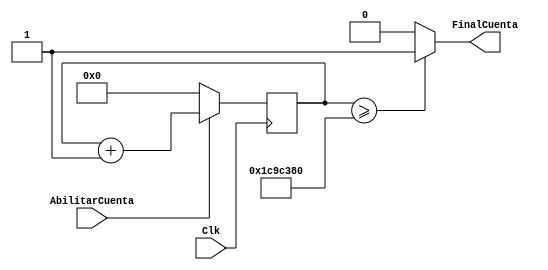
`timescale 1ns / 1ps
//////////////////////////////////////////////////////////////////////////////////
// Company: 
// Engineer: 
// 
// Design Name: 
// Module Name:    Temporizador 
// Project Name: 
// Target Devices: 
// Tool versions: 
// Description: 
//
// Dependencies: 
//
// Revision: 
// Revision 0.01 - File Created
// Additional Comments: 
//
//////////////////////////////////////////////////////////////////////////////////
module Temporizador(
    input Clk,
    input AbilitarCuenta,
    output reg FinalCuenta
    );
	 
reg [31:0] cont;

always@(posedge Clk)
begin
   if(AbilitarCuenta == 1)
      cont = cont + 1;
	else
	   cont = 0;/////recordar poner en cero
end
always@(cont)
begin
   if(cont >= 30000000)
      FinalCuenta<=1;
	else
	   FinalCuenta<=0;
end
endmodule